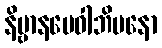
နိဗ္ဗာနမေဝါဘိမနော